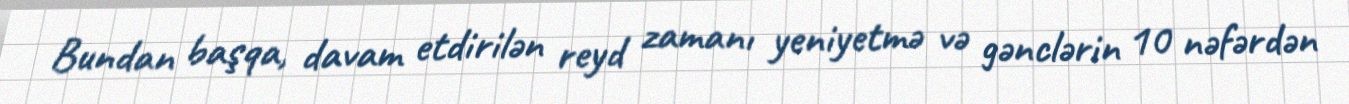
Bundan başqa, davam etdirilən reyd zamanı yeniyetmə və gənclərin 10 nəfərdən